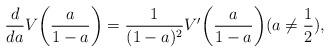
LaTeX: \begin{align*} \frac{d}{da}V\bigg(\frac{a}{1-a}\bigg) = \frac{1}{(1-a)^2}V'\bigg(\frac{a}{1-a}\bigg) (a\neq \frac{1}{2}), \end{align*}